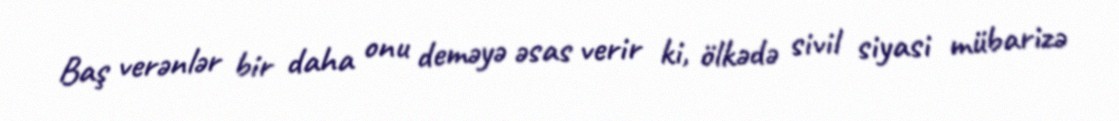
Baş verənlər bir daha onu deməyə əsas verir ki, ölkədə sivil siyasi mübarizə